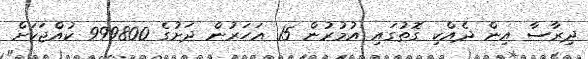
ދިރާސާ އިން ދެއްކި ގޮތުގައި އުމުރުން 15 އަހަރުން ދަށުގެ 999800 ކުއްޖަކަށް